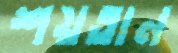
শয়তান